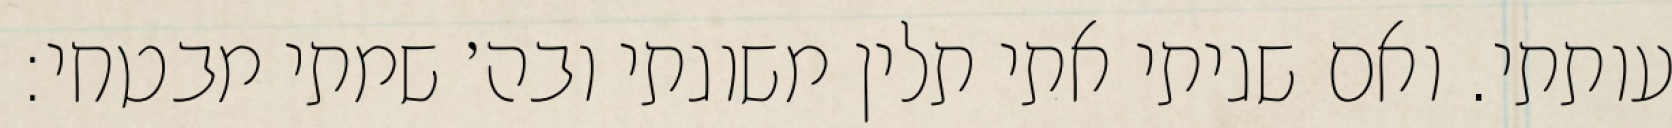
עותתי. ואם שגיתי אתי תלין משוגתי ובה׳ שמתי מבטחי: